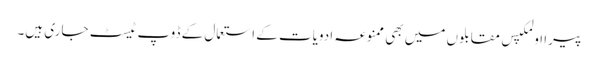
پیرا اولمکپس مقابلوں میں بھی ممنوعہ ادویات کے استعمال کے ڈوپ ٹیسٹ جاری ہیں۔